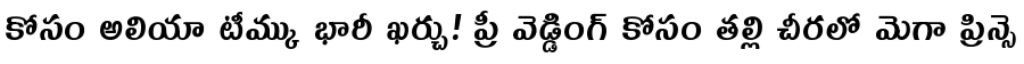
కోసం అలియా టీమ్కు భారీ ఖర్చు! ప్రీ వెడ్డింగ్ కోసం తల్లి చీరలో మెగా ప్రిన్సె